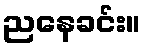
ညနေခင်း။